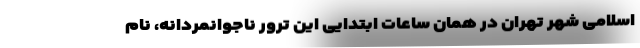
اسلامی شهر تهران در همان ساعات ابتدایی این ترور ناجوانمردانه، نام